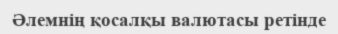
Әлемнің қосалқы валютасы ретінде